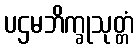
ပဌမဘိက္ခုသုတ္တံ